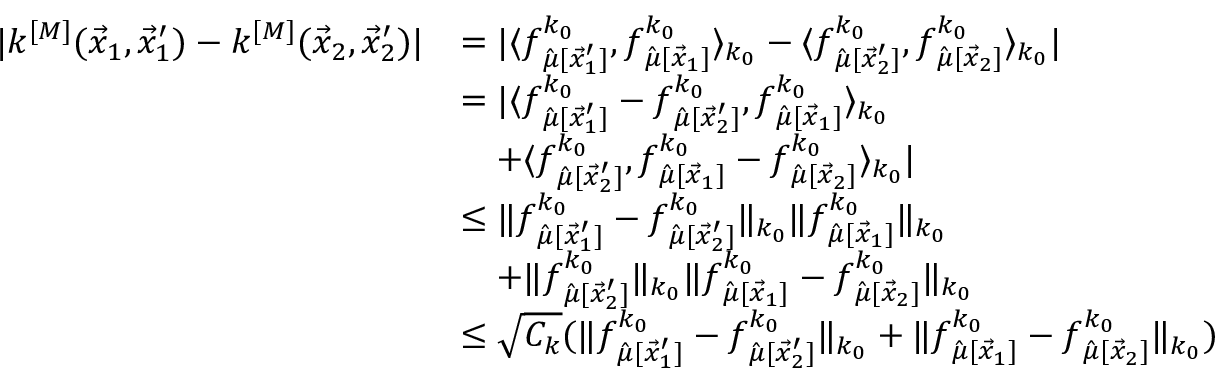
\begin{array} { r l } { | k ^ { [ M ] } ( \vec { x } _ { 1 } , \vec { x } _ { 1 } ^ { \prime } ) - k ^ { [ M ] } ( \vec { x } _ { 2 } , \vec { x } _ { 2 } ^ { \prime } ) | } & { = | \langle f _ { \hat { \mu } [ \vec { x } _ { 1 } ^ { \prime } ] } ^ { k _ { 0 } } , f _ { \hat { \mu } [ \vec { x } _ { 1 } ] } ^ { k _ { 0 } } \rangle _ { k _ { 0 } } - \langle f _ { \hat { \mu } [ \vec { x } _ { 2 } ^ { \prime } ] } ^ { k _ { 0 } } , f _ { \hat { \mu } [ \vec { x } _ { 2 } ] } ^ { k _ { 0 } } \rangle _ { k _ { 0 } } | } \\ & { = | \langle f _ { \hat { \mu } [ \vec { x } _ { 1 } ^ { \prime } ] } ^ { k _ { 0 } } - f _ { \hat { \mu } [ \vec { x } _ { 2 } ^ { \prime } ] } ^ { k _ { 0 } } , f _ { \hat { \mu } [ \vec { x } _ { 1 } ] } ^ { k _ { 0 } } \rangle _ { k _ { 0 } } } \\ & { \quad + \langle f _ { \hat { \mu } [ \vec { x } _ { 2 } ^ { \prime } ] } ^ { k _ { 0 } } , f _ { \hat { \mu } [ \vec { x } _ { 1 } ] } ^ { k _ { 0 } } - f _ { \hat { \mu } [ \vec { x } _ { 2 } ] } ^ { k _ { 0 } } \rangle _ { k _ { 0 } } | } \\ & { \leq \| f _ { \hat { \mu } [ \vec { x } _ { 1 } ^ { \prime } ] } ^ { k _ { 0 } } - f _ { \hat { \mu } [ \vec { x } _ { 2 } ^ { \prime } ] } ^ { k _ { 0 } } \| _ { k _ { 0 } } \| f _ { \hat { \mu } [ \vec { x } _ { 1 } ] } ^ { k _ { 0 } } \| _ { k _ { 0 } } } \\ & { \quad + \| f _ { \hat { \mu } [ \vec { x } _ { 2 } ^ { \prime } ] } ^ { k _ { 0 } } \| _ { k _ { 0 } } \| f _ { \hat { \mu } [ \vec { x } _ { 1 } ] } ^ { k _ { 0 } } - f _ { \hat { \mu } [ \vec { x } _ { 2 } ] } ^ { k _ { 0 } } \| _ { k _ { 0 } } } \\ & { \leq \sqrt { C _ { k } } ( \| f _ { \hat { \mu } [ \vec { x } _ { 1 } ^ { \prime } ] } ^ { k _ { 0 } } - f _ { \hat { \mu } [ \vec { x } _ { 2 } ^ { \prime } ] } ^ { k _ { 0 } } \| _ { k _ { 0 } } + \| f _ { \hat { \mu } [ \vec { x } _ { 1 } ] } ^ { k _ { 0 } } - f _ { \hat { \mu } [ \vec { x } _ { 2 } ] } ^ { k _ { 0 } } \| _ { k _ { 0 } } ) } \end{array}